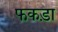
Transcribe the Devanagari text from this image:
फकड़ा